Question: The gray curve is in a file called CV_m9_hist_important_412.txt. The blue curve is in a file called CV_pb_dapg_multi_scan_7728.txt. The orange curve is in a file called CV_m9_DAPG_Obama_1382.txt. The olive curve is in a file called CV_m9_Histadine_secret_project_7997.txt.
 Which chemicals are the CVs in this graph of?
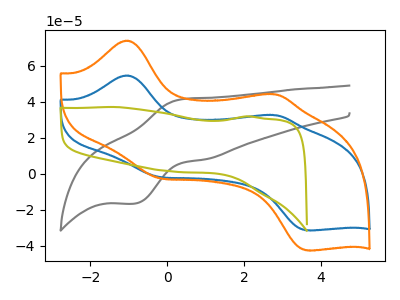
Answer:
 <answer>The gray curve is labeled "hist_m9". The blue curve is labeled "dapg_pb". The orange curve is labeled "DAPG_m9". The olive curve is labeled "Histadine_m9".</answer>
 <eval></eval>